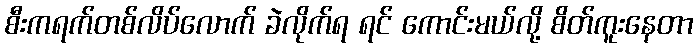
စီးကရက်တစ်လိပ်လောက် ခဲလိုက်ရ ရင် ကောင်းမယ်လို့ စိတ်ကူးနေတာ